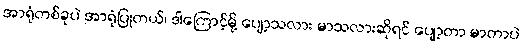
အာရုံတစ်ခုပဲ အာရုံပြုတယ်၊ ဒါကြောင့်မို့ ပျော့သလား မာသလားဆိုရင် ပျော့တာ မာတာပဲ